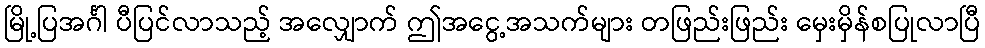
မြို့ပြအင်္ဂါ ပီပြင်လာသည့် အလျှောက် ဤအငွေ့အသက်များ တဖြည်းဖြည်း မှေးမှိန်စပြုလာပြီ